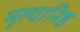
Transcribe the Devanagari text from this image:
मूल्यानिष्ठ